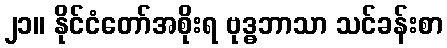
၂၁။ နိုင်ငံတော်အစိုးရ ဗုဒ္ဓဘာသာ သင်ခန်းစာ